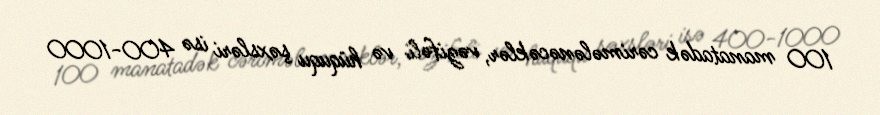
100 manatadək cərimələnəcəklər, vəzifəli və hüququ şəxsləri isə 400-1000